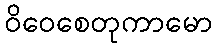
ဝိဝေစေတုကာမော